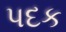
પદક